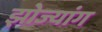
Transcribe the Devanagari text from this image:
झोज्यांग